Annual statistical returns and brief notes on vaccination in Bengal - 1896-1909
Year: 1896
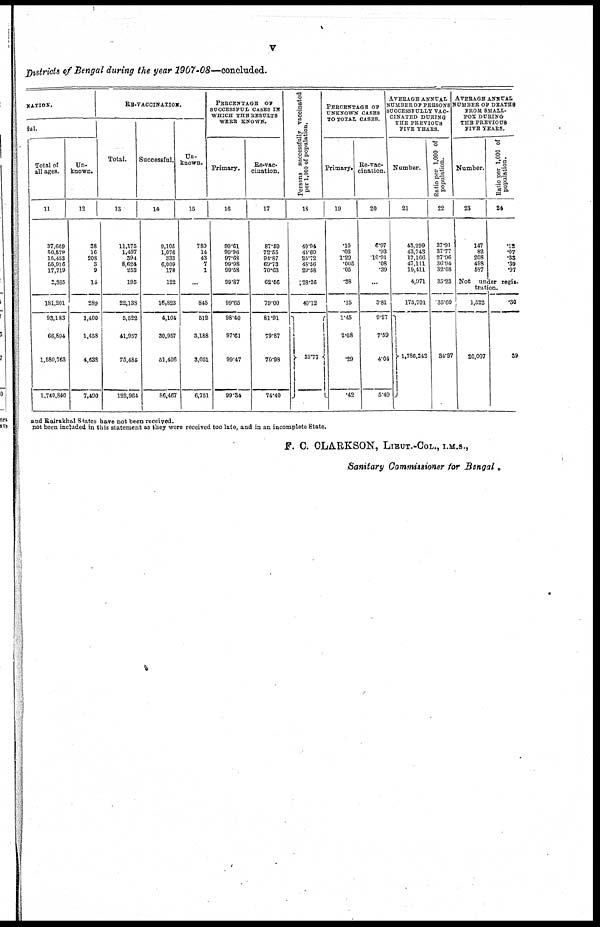
v
Districts of Bengal during the year 1907-08—concluded.
NATION.
ful.
Total of
all ages.
11
37,669
50,579
15,453
55,916
17,719
3,365
181,201
93,183
66,894
1,580,763
1,740,840
Un-
known.
12
38
16
208
3
9
15
289
1,400
1,458
4,632
7,490
RE-VACCINATION.
Total.
13
11,175
1,497
394
8,624
253
195
22,138
5,522
41,957
75,485
122,964
Successful
14
9,105
1,076
333
6,009
178
122
16,823
4,104
30,957
51,406
86,467
Un-
known.
15
780
14
43
7
1
...
845
512
3,188
3,051
6,751
PERCENTAGE OF
SUCCESSFUL CASES IN
WHICH THE RESULTS
WERE KNOWN.
Primary.
16
99.61
99.96
97.63
99.98
99.58
99.87
99.65
98.40
97.61
99.47
99.34
Re-vac-
cination.
17
87.59
72.55
94.87
69.73
70.63
62.56
79.00
81.91
79.87
70.98
74.40
Persons successfully vaccinated
per 1,000 of population.
18
40.94
44.60
25.72
48.56
29.58
28.26
40.12
35.77
PERCENTAGE OF
UNKNOWN
CASES
TO TOTAL CASES.
Primary.
19
.10
.03
1.29
.005
.05
.38
.15
1.45
2.08
.29
.42
Re-vac-
cination.
20
6.97
.93
10.91
.08
.39
...
3.81
9.27
7.59
4.04
5.49
AVERAGE ANNUAL
NUMBER OF PERSONS
SUCCESSFULLY VAC-
CINATED DURING
THE PREVIOUS
FIVE YEARS.
Number.
21
48,299
43,743
17,166
47,111
19,411
4,971
175,701
1,786,242
Ratio per 1,000 of
population.
22
37.91
37.77
27.96
36.94
32.08
35.23
35.60
34.97
AVERAGE ANNUAL
NUMBER OF DEATHS
FROM SMALL-
POX DURING
THE PREVIOUS
FIVE YEARS.
Number.
23
147
82
208
498
587
Ratio per 1,000 of
population.
24
.12
.07
.33
.39
.97
Not under regis-
tration.
1,522
20,007
.30
39
and Rairakhal States have not been received.
not been included in this statement as they were received too late, and in an incomplete State.
F. C. CLARKSON, LIEUT.-COL., I.M.S.,
Sanitary Commissioner for Bengal.